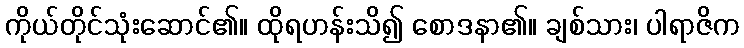
ကိုယ်တိုင်သုံးဆောင်၏။ ထိုရဟန်းသိ၍ စောဒနာ၏။ ချစ်သား၊ ပါရာဇိက